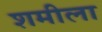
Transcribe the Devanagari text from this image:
शमीला